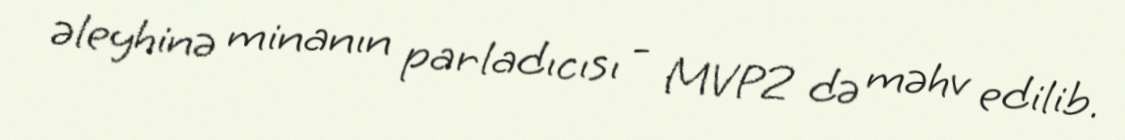
əleyhinə minanın parladıcısı - MVP2 də məhv edilib.